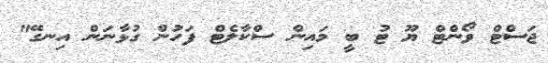
ޖަސްޓް ވޯންޓް ޔޫ ޓު ބީ މައިން ސްކާލެޓް ފަހުން ގުޅާނަން އިނގޭ"